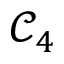
\mathcal { C } _ { 4 }